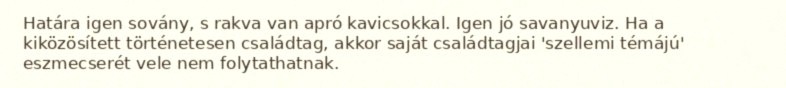
Határa igen sovány, s rakva van apró kavicsokkal. Igen jó savanyuviz. Ha a kiközösített történetesen családtag, akkor saját családtagjai 'szellemi témájú' eszmecserét vele nem folytathatnak.